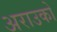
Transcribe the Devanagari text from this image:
अराउको